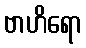
ဗာဟိရော